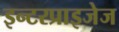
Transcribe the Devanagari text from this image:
इन्टरप्राइजेज